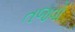
તજવો